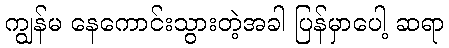
ကျွန်မ နေကောင်းသွားတဲ့အခါ ပြန်မှာပေါ့ ဆရာ